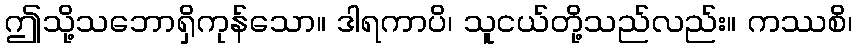
ဤသို့သဘောရှိကုန်သော။ ဒါရကာပိ၊ သူငယ်တို့သည်လည်း။ ကဿစိ၊